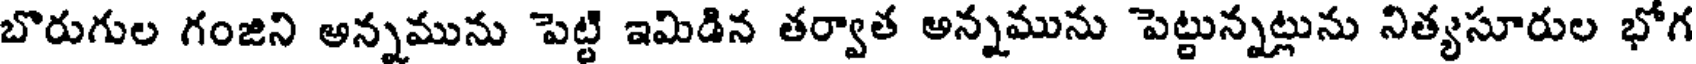
బొరుగుల గంజిని అన్నమును పెట్టి ఇమిడిన తర్వాత అన్నమును పెట్టున్నట్లును నిత్యసూరుల భోగ